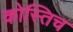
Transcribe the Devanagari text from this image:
कोस्तिच